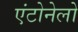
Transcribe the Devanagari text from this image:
एंटोनेलो